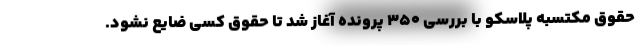
حقوق مکتسبه پلاسکو با بررسی ۳۵۰ پرونده آغاز شد تا حقوق کسی ضایع نشود.